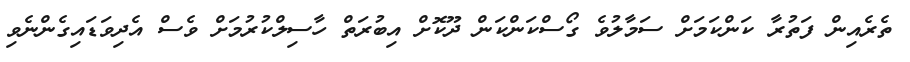
ތެރެއިން ފަތުރާ ކަންކަމަށް ސަމާލުވެ ގޯސްކަންކަން ދޫކޮށް އިބުރަތް ހާސިލްކުުރުމަށް ވެސް އެދިވަޑައިގެންނެވި